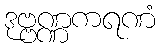
ဒုဗ္ဗဏ္ဏကရဏံ